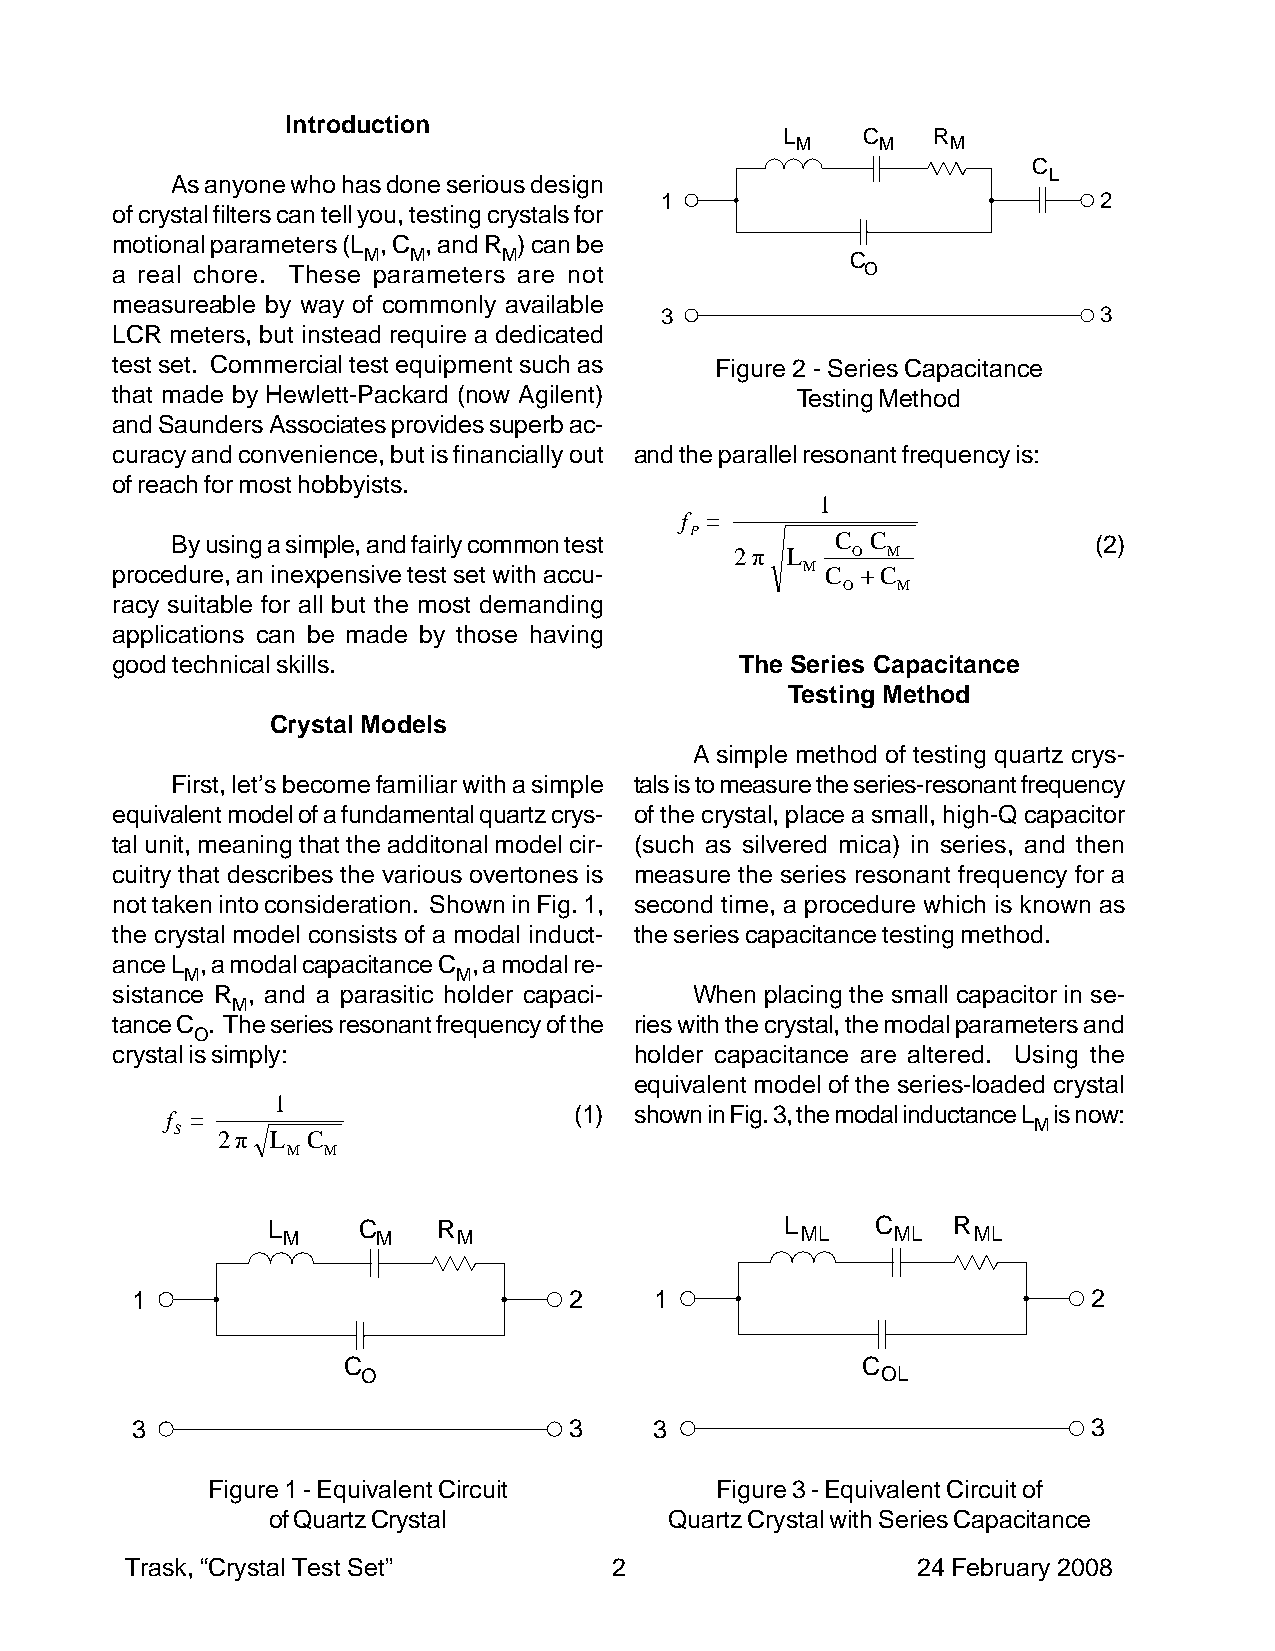
Introduction
 L    C    R
 M    M    M
 C
 As anyone who has done serious design                     L
 1                            2
 of crystal filters can tell you, testing crystals for
 motional parameters (L , C , and R ) can be
 M  M     M                      C
 a real chore. These parameters are not            O
 measureable by way of commonly available
 3                            3
 LCR meters, but instead require a dedicated
 test set. Commercial test equipment such as Figure 2 - Series Capacitance
 that made by Hewlett-Packard (now Agilent)    Testing Method
 and Saunders Associates provides superb ac-
 curacy and convenience, but is financially out and the parallel resonant frequency is:
 of reach for most hobbyists.
 1
 f =
 P
 By using a simple, and fairly common test   C  C              (2)
 2 π L  O  M
 procedure, an inexpensive test set with accu- M C + C
 O  M
 racy suitable for all but the most demanding
 applications can be made by those having
 good technical skills.                    The Series Capacitance
 Testing Method
 Crystal Models
 A simple method of testing quartz crys-
 First, let’s become familiar with a simple tals is to measure the series-resonant frequency
 equivalent model of a fundamental quartz crys- of the crystal, place a small, high-Q capacitor
 tal unit, meaning that the additonal model cir- (such as silvered mica) in series, and then
 cuitry that describes the various overtones is measure the series resonant frequency for a
 not taken into consideration. Shown in Fig. 1, second time, a procedure which is known as
 the crystal model consists of a modal induct- the series capacitance testing method.
 ance L , a modal capacitance C , a modal re-
 M                 M
 sistance R , and a parasitic holder capaci- When placing the small capacitor in se-
 M
 tance C . The series resonant frequency of the ries with the crystal, the modal parameters and
 O
 crystal is simply:                 holder capacitance are altered. Using the
 equivalent model of the series-loaded crystal
 1
 f =                        (1) shown in Fig. 3, the modal inductance L is now:
 M
 S 2 π L C
 M M
 L     C    R                      L     C    R
 M     M    M                      ML    ML    ML
 1                            2    1                            2
 C                                 C
 O                                 OL
 3                            3    3                            3
 Figure 1 - Equivalent Circuit    Figure 3 - Equivalent Circuit of
 of Quartz Crystal         Quartz Crystal with Series Capacitance
 Trask, “Crystal Test Set”        2                   24 February 2008